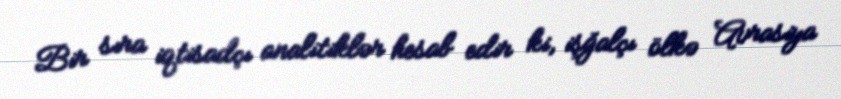
Bir sıra iqtisadçı analitiklər hesab edir ki, işğalçı ölkə Avrasiya